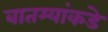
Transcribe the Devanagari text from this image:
बातम्यांकडे